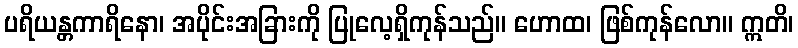
ပရိယန္တကာရိနော၊ အပိုင်းအခြားကို ပြုလေ့ရှိကုန်သည်။ ဟောထ၊ ဖြစ်ကုန်လော။ ဣတိ၊